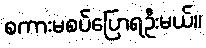
စကားမစပ်ပြောရဦးမယ်။